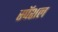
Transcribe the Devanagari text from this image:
स्पॅशल